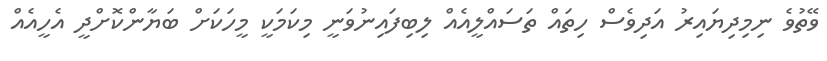
ވޭތުވެ ނިމިދިޔައިރު އަދިވެސް ހިތައް ތަސައްލީއެއް ލިބިފައިނުވަނީ މިކަމަކީ މީހަކަށް ބަޔާންކޮށްދީ އެހީއެއް